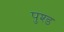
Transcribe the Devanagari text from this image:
पुश्ड